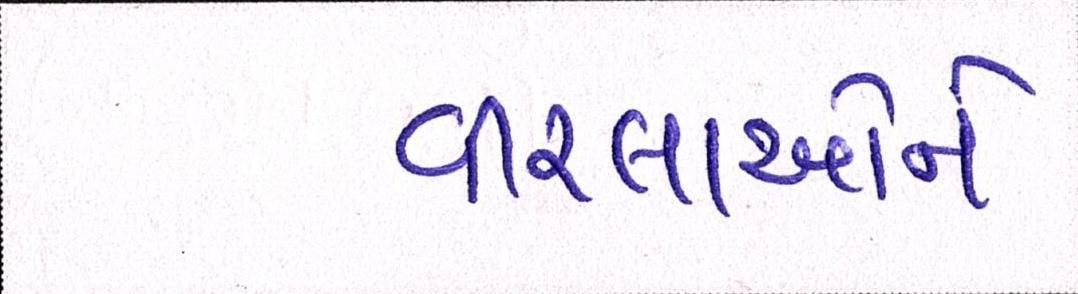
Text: વીરલાઓને